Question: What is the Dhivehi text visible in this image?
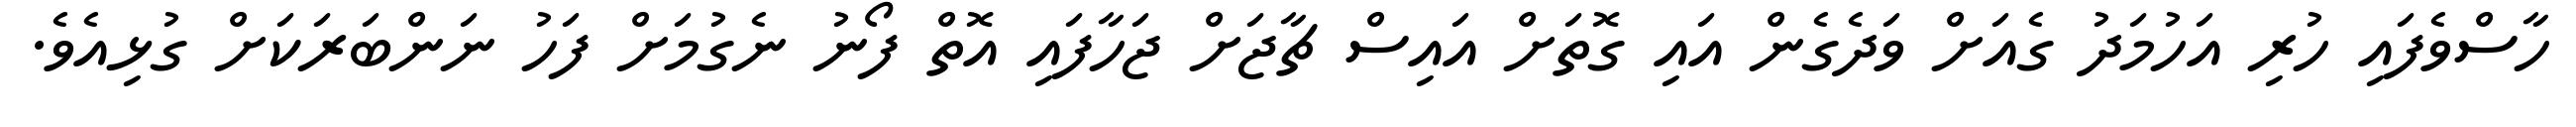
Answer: ހާސްވެފައި ހުރި އަހުމަދު ގެއަށް ވަދެގެން އައި ގޮތަށް އައިސް ޗާޖަށް ޖަހާފައި އޮތް ފޯނު ނެގުމަށް ފަހު ނަންބަރަކަށް ގުޅިއެވެ.